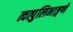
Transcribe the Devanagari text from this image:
त्वत्पुलिनाङ्गणे